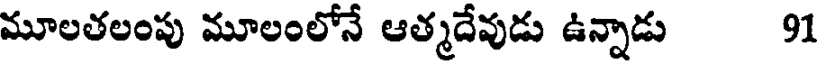
మూలతలంపు మూలంలోనే ఆత్మదేవుడు ఉన్నాడు 91